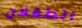
الطفلان